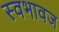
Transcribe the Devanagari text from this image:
स्वभावज